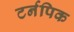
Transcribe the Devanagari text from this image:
टर्नपिक